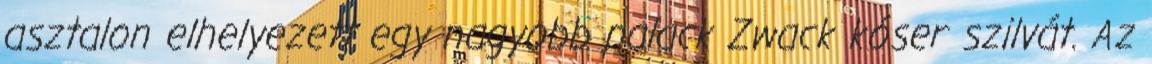
asztalon elhelyezett egy nagyobb palack Zwack kóser szilvát. Az